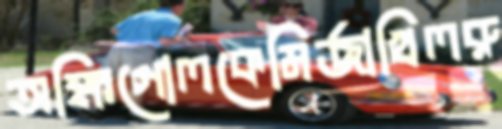
অক্ষিগোলকেমির্জাখিলরু